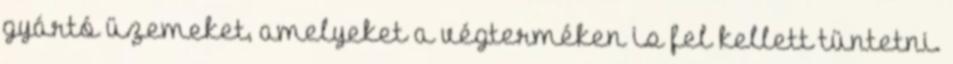
gyártó üzemeket, amelyeket a végterméken is fel kellett tüntetni.